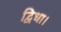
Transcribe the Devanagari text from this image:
द्विधा।